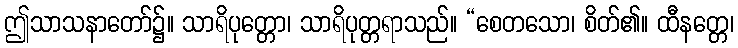
ဤသာသနာတော်၌။ သာရိပုတ္တော၊ သာရိပုတ္တရာသည်။ “စေတသော၊ စိတ်၏။ ထီနတ္တေ၊